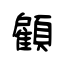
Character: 顧